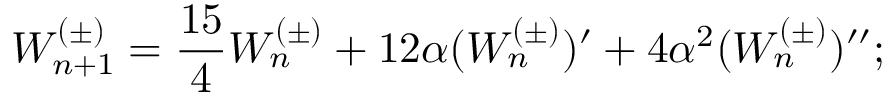
W _ { n + 1 } ^ { ( \pm ) } = \frac { 1 5 } { 4 } W _ { n } ^ { ( \pm ) } + 1 2 \alpha ( W _ { n } ^ { ( \pm ) } ) ^ { \prime } + 4 \alpha ^ { 2 } ( W _ { n } ^ { ( \pm ) } ) ^ { \prime \prime } ;